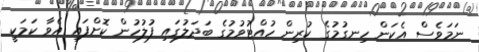
ނަމަވެސް އެކަން ހިނގުމުގެ ކުރިން ހުއްޓުވުމުގެ ބަދަލުގައި ފުލުހުން ކޮށްފައި އެވާ ކަމަކީ